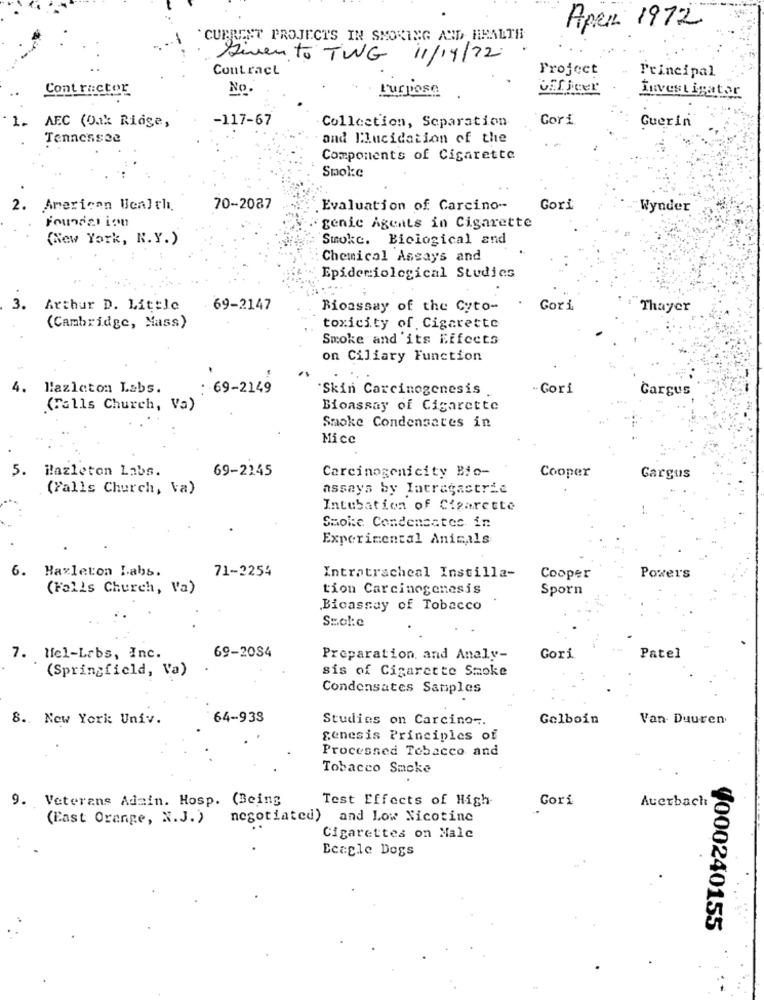
Apen 1972
`CURRENT PROJECTS IN SMOKING AND HEALTH
Given to TIWG 11/19/72
Contract
Project
Principal
Cont rector
No.
Purpose
Investigator
-117-67
Collection, Separation
Gori
Guerin
1. AEC (Oak Ridge,
Tennessee
and Ilucidation of the
Components of Cigarette
Smoke
American Wealth.
70-2087
Evaluation of Carcino --
Gori
Wynder
Foundation
genic Agents in Cigarette
(New York, R.Y.)
Smoke. Biological and
Chemical Assays and
Epidemiological Studies
3. Arthur D. Little
69-2147
Bioassay of the Cyto-
Gori
Thayer
(Cambridge, Mass)
toxicity of. Cigarette
Smoke and its Effects
on Ciliary Function
Hazleton Labs.
.. 69-2149
Skin Carcinogenesis
-Gori
Cargus
(Falls Church, Va)
Bioassay of Cigarette
Smoke Condensates in
Mice
69-2245
5. Hazleton Labs.
Carcinogenicity Bio-
Cooper
Gargus
(Falls Church, Va)
assays by Intragastric
Intubation of Cigarette
Smoke Condensates in
Experimental Animals
6. Haxleton Labs.
71-2254
Intratracheal Instilla-
Cooper
Powers
(Falls Church, Va)
tion Carcinogenesis
Sporn
Bicassay of Tobacco
Szol:e
7. Mel-Labs, Inc.
69-2084
Preparation, and Analy-
Gori
Patel
(Springfield, Va)
sis of Cigarette Smoke
Condensates Samples
8 .. New York Univ.
64-938
Studies on Carcino -.
Golboin
Van Duuren
genesis Principles of
Processed Tobacco and
Tobacco Sacke
9. Veterans Admin. Hosp. (Being
Test Effects of High-
Gori
Auerbach
(East Orange, N.J.)
negotiated) and Low Nicotine
Cigarettes on Male
Ecagle Dogs
4000240155